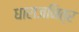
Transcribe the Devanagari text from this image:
धाराजनित्र